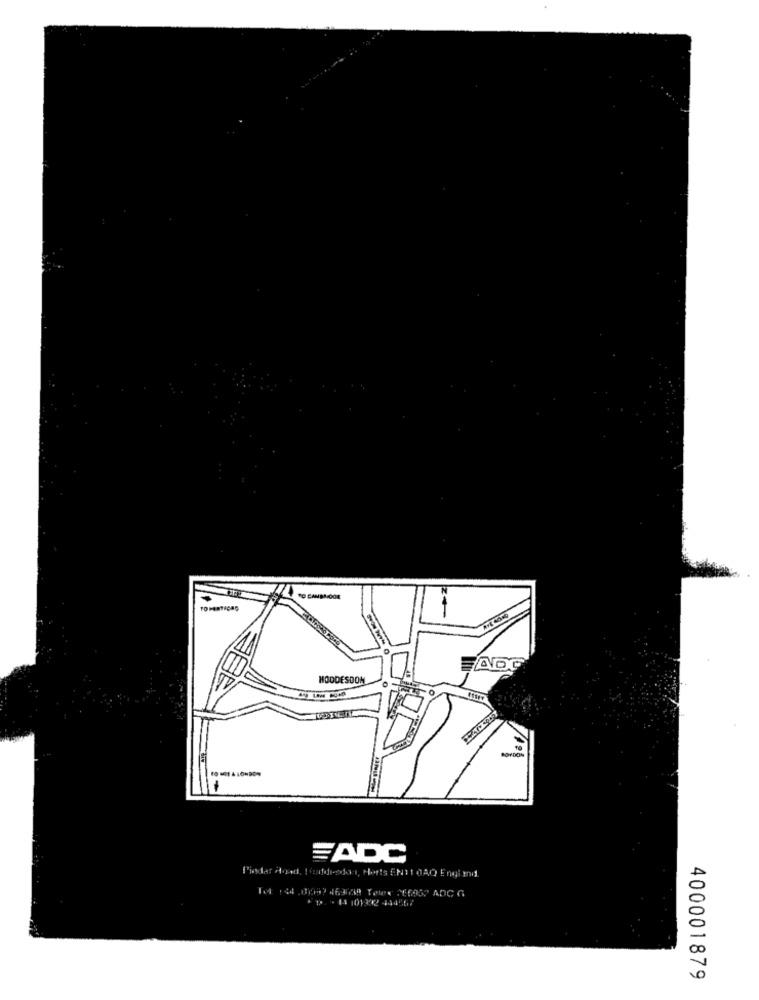
TO CANSADOON
FADO
HOODESDON
BOTDON
FADC
l'indar Agad, Finde-odont, Horts ENTI JAQ Engiand.
* 1. . 14 101332 444567
400001879